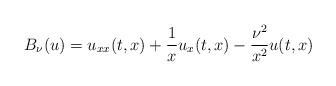
LaTeX: \begin{align*} B_\nu(u)=u_{xx}(t,x)+\frac{1}{x}u_x(t,x)-\frac{\nu^2}{x^2}u(t,x)\end{align*}